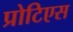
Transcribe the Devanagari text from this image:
प्रोटिएस